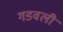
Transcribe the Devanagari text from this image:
गडवली